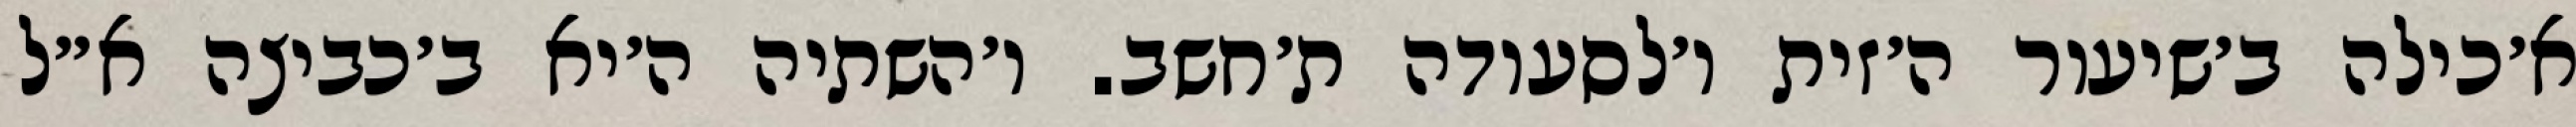
א׳כילה ב׳שיעור ה׳זית ו׳לסעודה ת׳חשב. ו׳השתיה ה׳יא ב׳כביצה א״ל